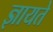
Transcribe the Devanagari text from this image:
ज्ञायते